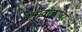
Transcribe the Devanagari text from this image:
स्त्रावाबरोबर